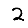
Digit: 2